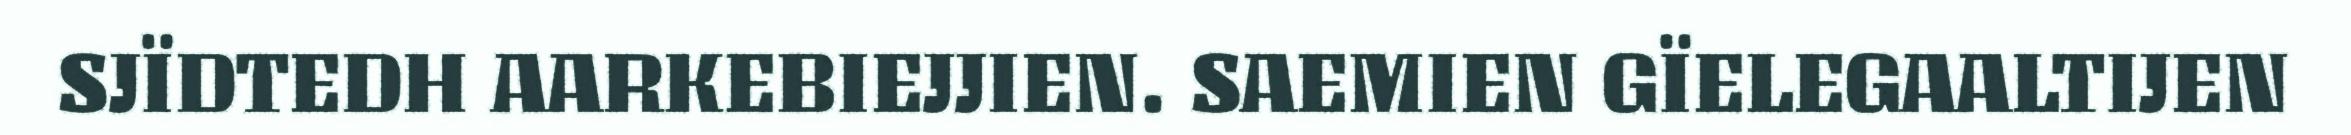
SJÏDTEDH AARKEBIEJJIEN. SAEMIEN GÏELEGAALTIJEN